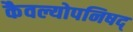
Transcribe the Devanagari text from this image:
कैवल्योपनिषद्